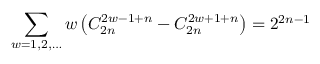
\sum _ { w = 1 , 2 , \ldots } w \left( C _ { 2 n } ^ { 2 w - 1 + n } - C _ { 2 n } ^ { 2 w + 1 + n } \right) = 2 ^ { 2 n - 1 }